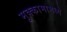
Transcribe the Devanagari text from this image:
मुक्कामामध्ये